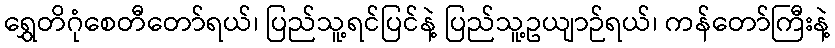
ရွှေတိဂုံစေတီတော်ရယ်၊ ပြည်သူ့ရင်ပြင်နဲ့ ပြည်သူ့ဥယျာဉ်ရယ်၊ ကန်တော်ကြီးနဲ့